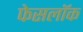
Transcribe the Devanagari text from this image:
फेसलॉक